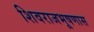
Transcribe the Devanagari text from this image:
शिवराजभूषणास